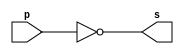
// Guia 02 -NOT
// Nome: Jessica Luisa Betonico Andrade

//-------------------------------------------------------

//-- Contruindo NOT por NANDs --

//-------------------------------------------------------

module notgate(s, p);
	output s;  // saida
	input p;		// entrada
	
	assign s = ~(p&p); 	//operao final

endmodule // notgate

//---------------------------------------------------

//--- teste NOT gate ---

module testandogate;
	reg q;
	wire s;
	
	//instancia

notgate NOT1 (s, q);

	// parte principal

initial begin
	$display("Guia_02_3 - Jessica Luisa Betonico Andrade - 412748");
   $display("Test NOT gate construida por NAND");
	$display("\n ~q = s \n");
   $monitor("~%b = %b", q , s);
		
		q=0;
	#1 q=1;
	
end

endmodule // testandogate